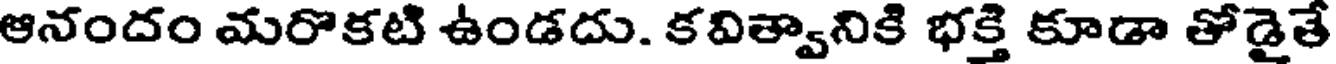
ఆనందం మరొకటి ఉండదు. కవిత్వానికి భక్తి కూడా తోడైతే